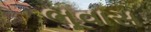
ભૂવાસ